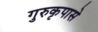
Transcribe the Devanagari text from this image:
गुरुकृपासे